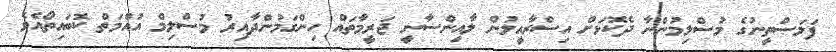
ފަލަސްތީނުގެ މުސްލިމުންނާ ދެކޮޅަށް އިސްރާއީލުން ލާއިންސާނީ ޖަރީމާތައް ހިންގަމުންދާއިރު މުސްލިމް އުއްމަތް ކޮބައިތޯއެވެ